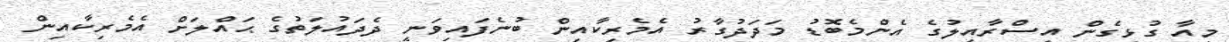
މިއާ ގުޅިގެން އިސްރާއީލުގެ އެންމެބޮޑު މަދަދުގާރު އެމެރިކާއިން ބުނެފައިވަނީ ދެދައުލަތުގެ ޙައްލަށް އެމެރިކާއިން